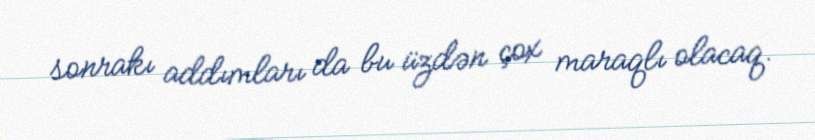
sonrakı addımları da bu üzdən çox maraqlı olacaq.